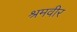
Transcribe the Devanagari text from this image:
श्रमवीर